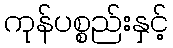
ကုန်ပစ္စည်းနှင့်